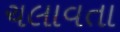
ચલાવતા